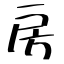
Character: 房